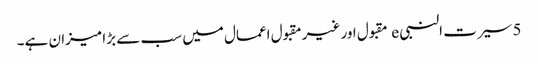
5 سیرت النبی e مقبول اور غیر مقبول اعمال میں سب سے بڑا میزان ہے۔